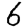
Digit: 6